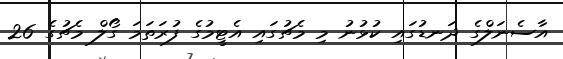
އާސެނަލްގެ ދަނޑުގައި ކުޅުނު މި މެޗުގައި އެޓީމުގެ ފުރަތަމަ ގޯލް މެޗުގެ 26